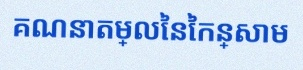
គណនាតម្លៃនៃកន្សោម